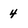
Character: 4